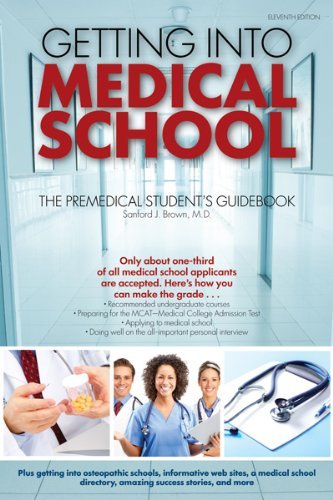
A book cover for Getting Into Medical School: The Premedical Student's Guidebook (Barron's Getting Into Medical School) [Paperback] [2011] (Author) Sanford J. Brown M.D.; Education & Teaching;